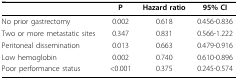
<table><thead><tr><td></td><td><b>P</b></td><td><b>Hazard ratio</b></td><td><b>95% CI</b></td></tr></thead><tbody><tr><td>No prior gastrectomy</td><td>0.002</td><td>0.618</td><td>0.456-0.836</td></tr><tr><td>Two or more metastatic sites</td><td>0.347</td><td>0.831</td><td>0.566-1.222</td></tr><tr><td>Peritoneal dissemination</td><td>0.013</td><td>0.663</td><td>0.479-0.916</td></tr><tr><td>Low hemoglobin</td><td>0.002</td><td>0.740</td><td>0.610-0.896</td></tr><tr><td>Poor performance status</td><td>&lt;0.001</td><td>0.375</td><td>0.245-0.574</td></tr></tbody></table>